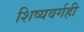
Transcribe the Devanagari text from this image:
शिष्यवर्गही